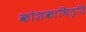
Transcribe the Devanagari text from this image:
कोशकाभित्ति